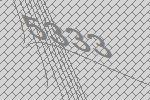
5333